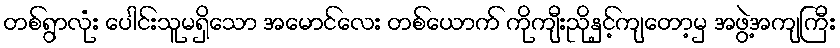
တစ်ရွာလုံး ပေါင်းသူမရှိသော အမောင်လေး တစ်ယောက် ကိုကျီးညိုနှင့်ကျတော့မှ အဖွဲ့အကျကြီး